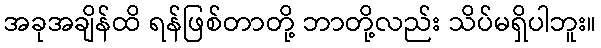
အခုအချိန်ထိ ရန်ဖြစ်တာတို့ ဘာတို့လည်း သိပ်မရှိပါဘူး။